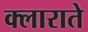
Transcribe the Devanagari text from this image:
क्लाराते